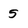
Character: 5